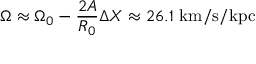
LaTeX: \Omega \approx \Omega _ { 0 } - { \frac { 2 A } { R _ { 0 } } } \Delta X \approx 2 6 . 1 { \mathrm { ~ k m / s / k p c } }